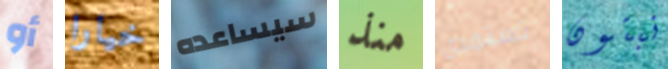
أو خيارا سيساعده منذ تستمري نبتون